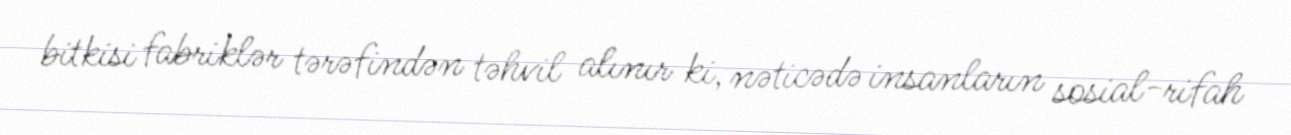
bitkisi fabriklər tərəfindən təhvil alınır ki, nəticədə insanların sosial-rifah